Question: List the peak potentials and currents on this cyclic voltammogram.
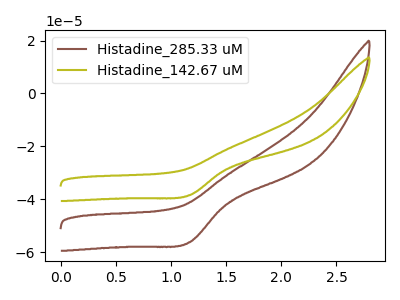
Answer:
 <answer>The brown curve "Histadine_285.33 uM" has a cathodic peak at: (1.15V, -56.25uA). The olive curve "Histadine_142.67 uM" has a cathodic peak at: (1.15V, -38.45uA).</answer>
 <eval></eval>